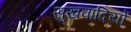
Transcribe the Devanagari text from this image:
सुखवादियों